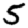
Digit: 5